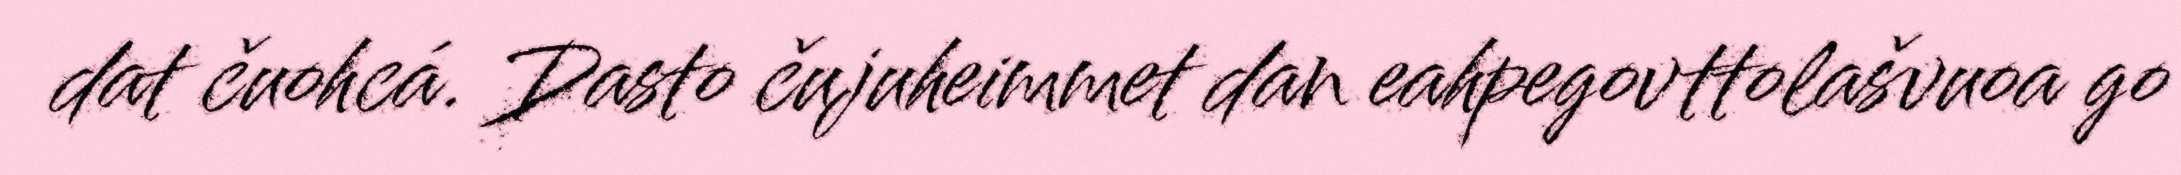
dat čuohcá. Dasto čujuheimmet dan eahpegovttolašvuoa go